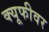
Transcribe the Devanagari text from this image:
क्यूफीवर